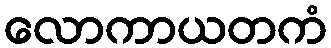
လောကာယတကံ